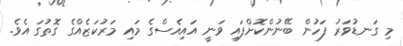
މި ގަނޑުވަރު ފަހުން ބޭނުންކޮށްފައި ވަނީ އައިއެސްގެ މައި މަރުކަޒެއްގެ ގޮތުގަ އެވެ.